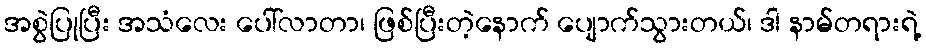
အစွဲပြုပြီး အသံလေး ပေါ်လာတာ၊ ဖြစ်ပြီးတဲ့နောက် ပျောက်သွားတယ်၊ ဒါ နာမ်တရားရဲ့